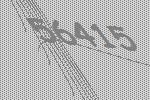
56415